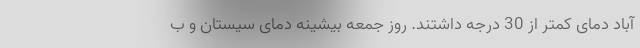
آباد دمای کمتر از 30 درجه داشتند. روز جمعه بیشینه دمای سیستان و ب